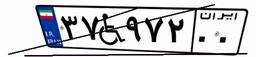
۳۷W۹۷۲۰۰